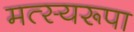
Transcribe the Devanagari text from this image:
मत्स्यरूपा